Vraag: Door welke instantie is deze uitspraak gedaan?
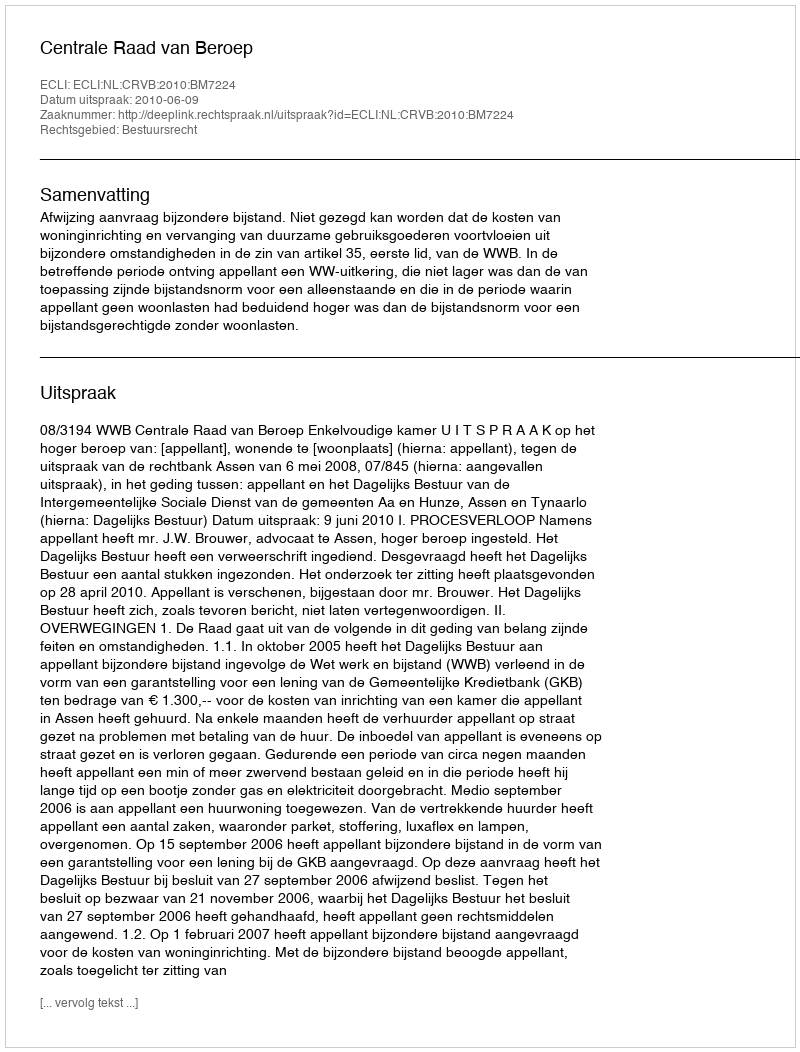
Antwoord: Centrale Raad van Beroep